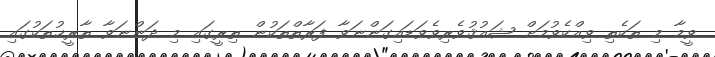
ވީމާ މި ތަކެތި ވިއްކެވުމަށް ޝައުޤުވެރިވެވަޑައިގަންނަވާ ފަރާތްތަކުން ތިރީގައި މި ދަންނަވާ ތާރީޚުތަކުގައި